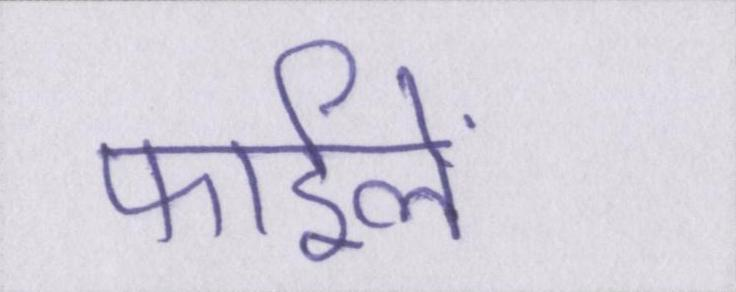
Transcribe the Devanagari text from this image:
फाईलें